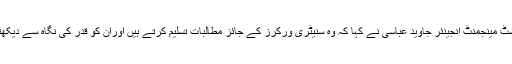
یونین عہدیداران سے بات چیت کرتے ہوئے ڈپٹی منیجر سولڈویسٹ مینجمنٹ انجینئر جاوید عباسی نے کہا کہ وہ سنیٹری ورکرز کے جائز مطالبات تسلیم کرتے ہیں اوران کو قدر کی نگاہ سے دیکھتے ہیں کیونکہ ایبٹ آباد کی صفائی میں ان کا بہت بڑا رول ہے۔